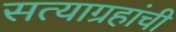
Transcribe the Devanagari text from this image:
सत्याग्रहांची